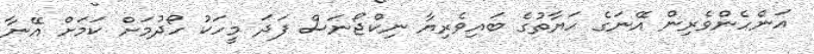
އަންހެންވެރިން އޭނަގެ ހަޔާތުގެ ބައިވެރިޔާ ނިކްޖޯނަސް ފަދަ މީހަކު ހޯދުމަށް ކަމަށް އޭނާ